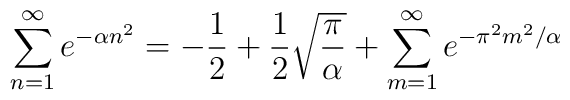
\sum_{n=1}^\infty e^{-\alpha n^2} = -{1\over 2} + {1\over2}\sqrt{\pi\over\alpha} + \sum_{m=1}^\infty e^{-\pi^2 m^2/\alpha}